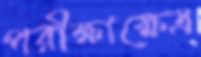
পরীক্ষাক্ষেত্র